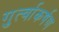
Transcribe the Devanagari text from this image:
गुर्त्वाकर्षण